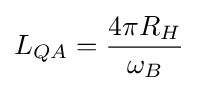
L_{QA}={\frac {4\pi R_{H}}{\omega _{B}}}\